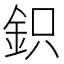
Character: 鉙